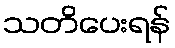
သတိပေးရန်